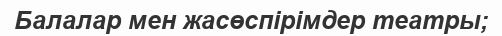
Балалар мен жасөспірімдер театры;